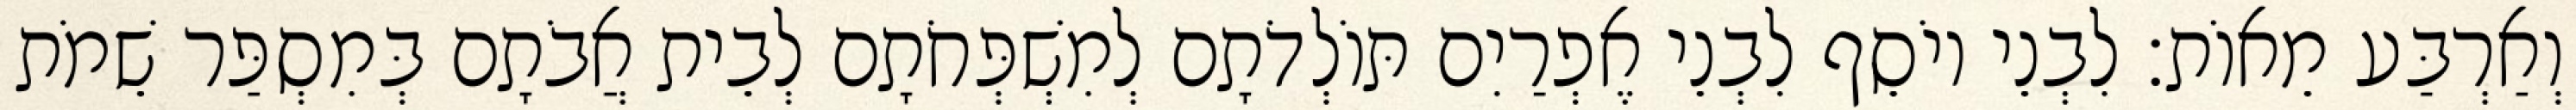
וְאַרְבַּע מֵאוֹת׃ לִבְנֵי יוֹסֵף לִבְנֵי אֶפְרַיִם תּוֹלְדֹתָם לְמִשְׁפְּחֹתָם לְבֵית אֲבֹתָם בְּמִסְפַּר שֵׁמֹת